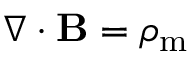
\nabla \cdot \mathbf { B } = \rho _ { \mathrm { m } }